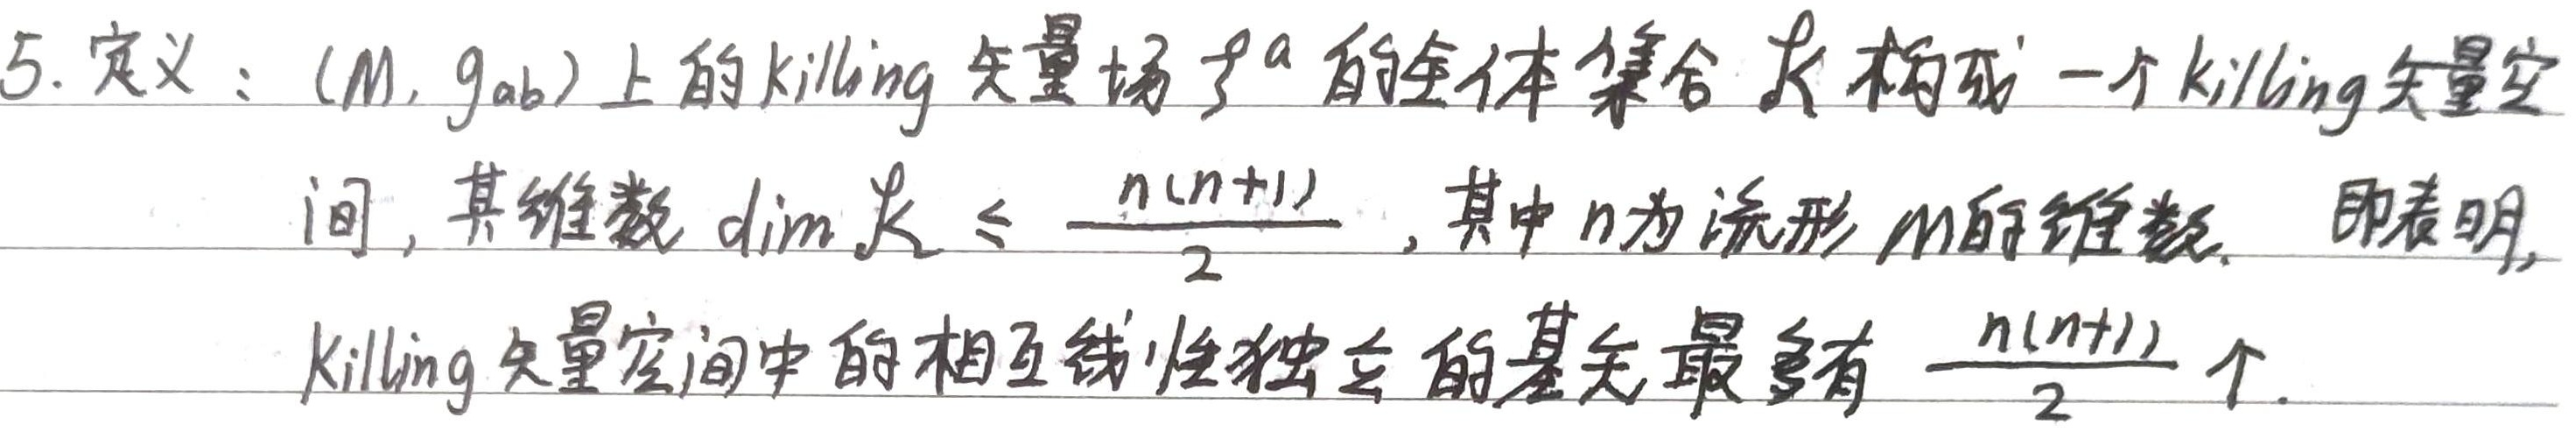
5. 定义：$(M, g_{ab})$ 上的 Killing 矢量场 $\xi^{a}$ 的全体集合 $\mathcal{K}$ 构成一个 Killing 矢量空间，其维数 $\text{dim}\mathcal{K}\leq\frac{n(n + 1)}{2}$，其中 $n$ 为流形 $M$ 的维数。即表明，Killing 矢量空间中的相互线性独立的基矢最多有 $\frac{n(n + 1)}{2}$ 个。